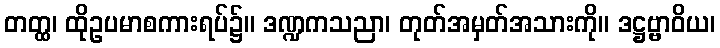
တတ္ထ၊ ထိုဥပမာစကားရပ်၌။ ဒဏ္ဍကသညာ၊ တုတ်အမှတ်အသားကို။ ဒဋ္ဌဗ္ဗာဝိယ၊